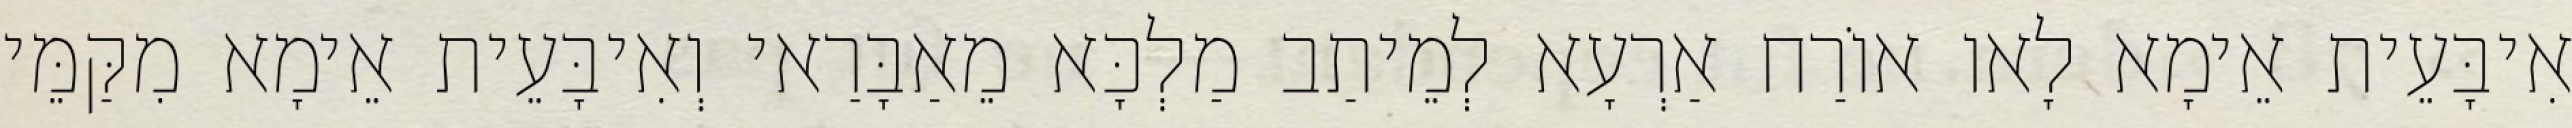
אִיבָּעֵית אֵימָא לָאו אוֹרַח אַרְעָא לְמֵיתַב מַלְכָּא מֵאַבָּרַאי וְאִיבָּעֵית אֵימָא מִקַּמֵּי